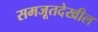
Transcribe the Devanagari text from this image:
समजूतदेखील